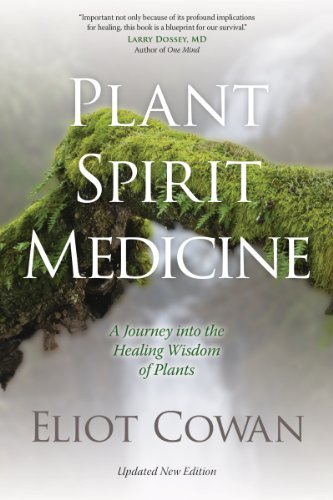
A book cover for Plant Spirit Medicine: A Journey into the Healing Wisdom of Plants; Eliot Cowan; Health, Fitness & Dieting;